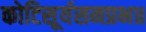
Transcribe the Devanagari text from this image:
कोटिसूर्यसमप्रभ॥